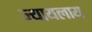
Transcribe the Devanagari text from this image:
न्यायलाय